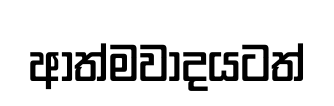
ආත්මවාදයටත්